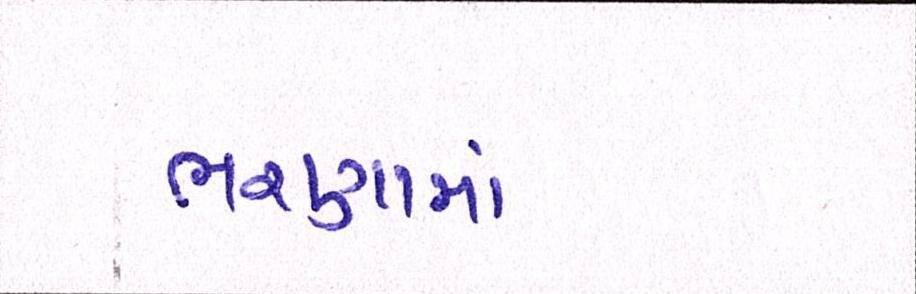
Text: ભરણામાં